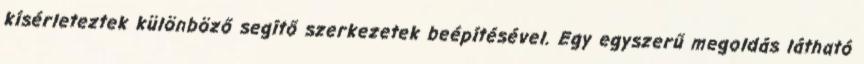
kísérleteztek különböző segítő szerkezetek beépítésével. Egy egyszerű megoldás látható